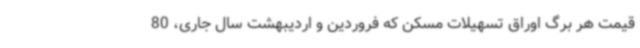
قیمت هر برگ اوراق تسهیلات مسکن که فروردین و اردیبهشت سال جاری، 80